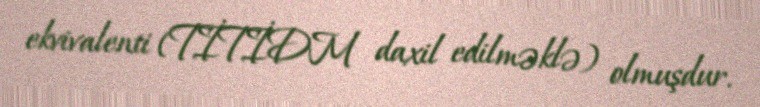
ekvivalenti (TİTİDM daxil edilməklə) olmuşdur.